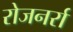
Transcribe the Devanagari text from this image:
रोजनर्रा